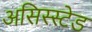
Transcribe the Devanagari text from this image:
असिस्स्टेड